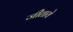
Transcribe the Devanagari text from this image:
जीताये